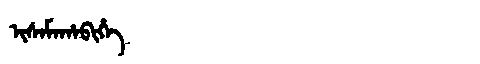
Manchu: ᡳᠰᠠᠮᠠᡥᠠᠪᡳᡥᡝ
Romanization: ISAMAHABIHE